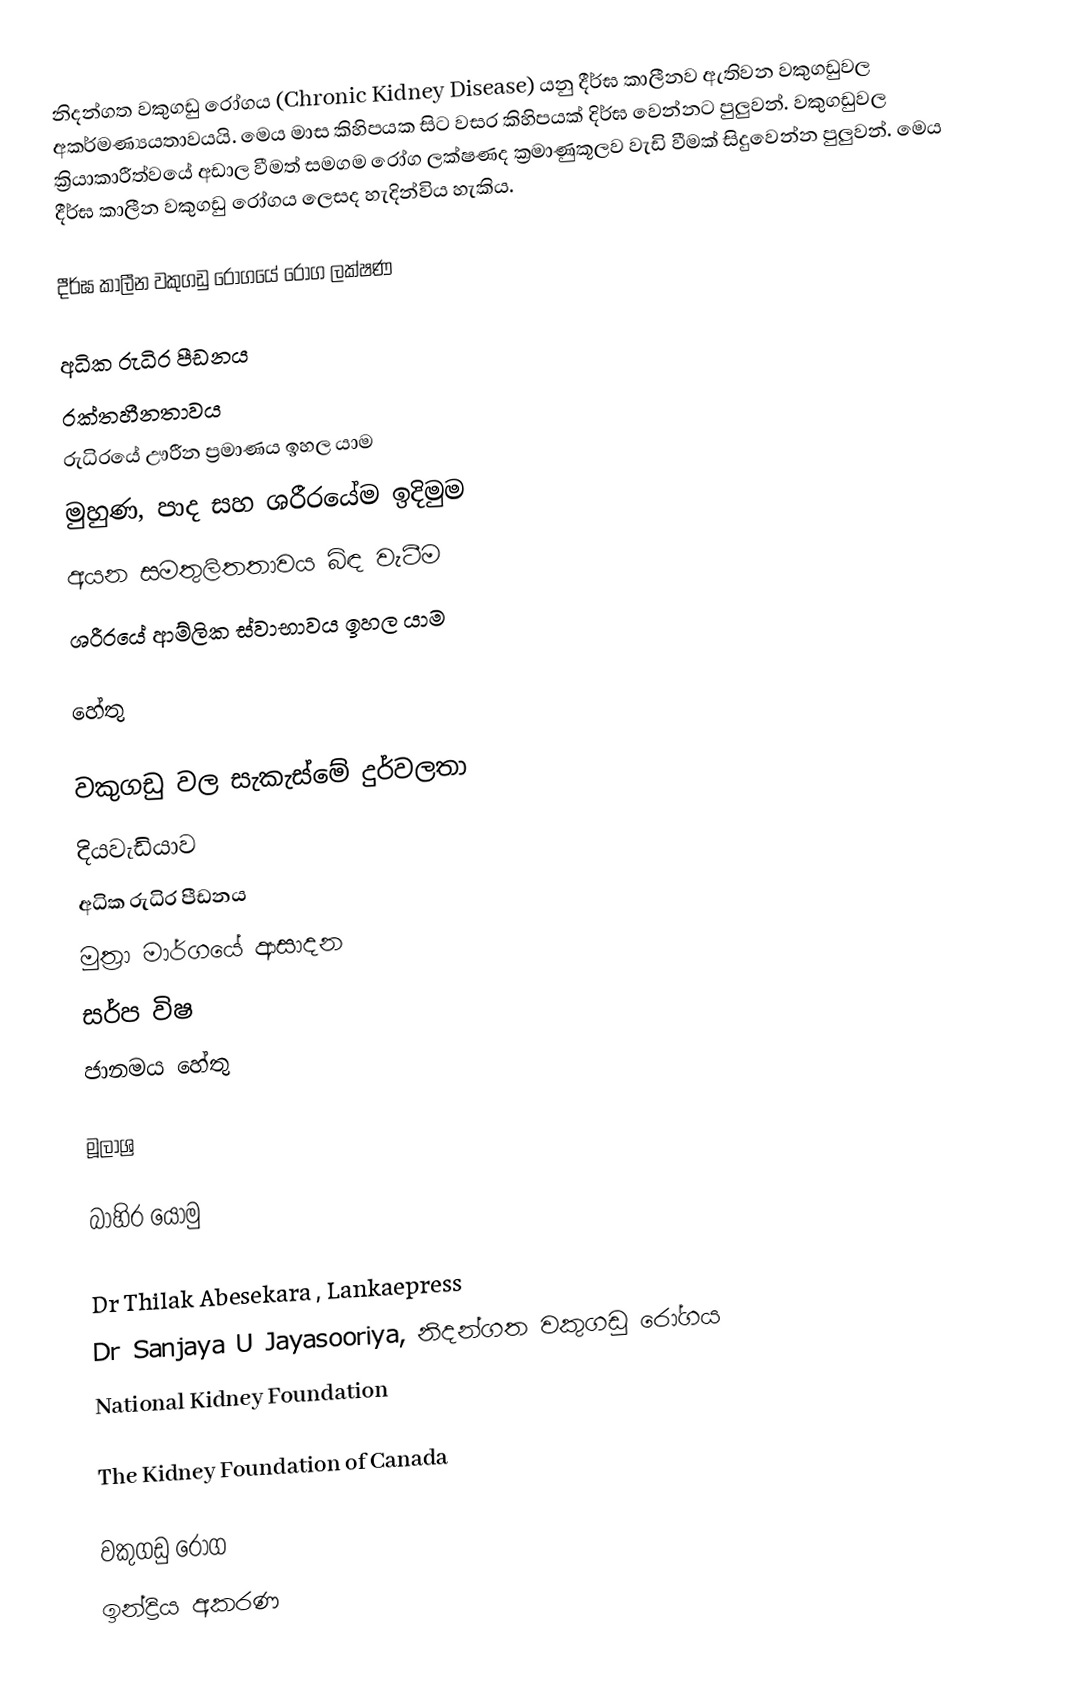
නිදන්ගත වකුගඩු රෝගය (Chronic Kidney Disease) යනු දීර්ඝ කාලීනව ඇතිවන වකුගඩුවල අකර්මණ්‍යයතාවයයි. මෙය මාස කිහිපයක සිට වසර කිහිපයක් දිර්ඝ වෙන්නට පුලුවන්. වකුගඩුවල ක්‍රියාකාරීත්වයේ අඩාල වීමත් සමගම රෝග ලක්ෂණද ක්‍රමාණුකූලව වැඩි වීමක් සිදුවෙන්න පුලුවන්. මෙය දීර්ඝ කාලීන වකුගඩු රෝගය ලෙසද හැදින්විය හැකිය.

දීර්ඝ කාලීන වකුගඩු රෝගයේ රෝග ලක්ෂණ

 අධික රුධිර පීඩනය
 රක්තහීනතාවය
 රුධිරයේ ඌරීන ප්‍රමාණය ඉහල යාම
 මුහුණ, පාද සහ ශරීරයේම ඉදිමුම
 අයන සමතුලිතතාවය බිඳ වැටීම
 ශරීරයේ ආම්ලික ස්වාභාවය ඉහල යාම

හේතු

 වකුගඩු වල සැකැස්මේ දුර්වලතා
 දියවැඩියාව
 අධික රුධිර පීඩනය
 මුත්‍රා මාර්ගයේ ආසාදන
 සර්ප විෂ
 ජානමය හේතු

මූලාශ්‍ර

බාහිර යොමු

Dr Thilak Abesekara , Lankaepress
Dr Sanjaya U Jayasooriya, නිදන්ගත වකුගඩු රෝගය
National Kidney Foundation

The Kidney Foundation of Canada

වකුගඩු රෝග
ඉන්ද්‍රිය අකරණ